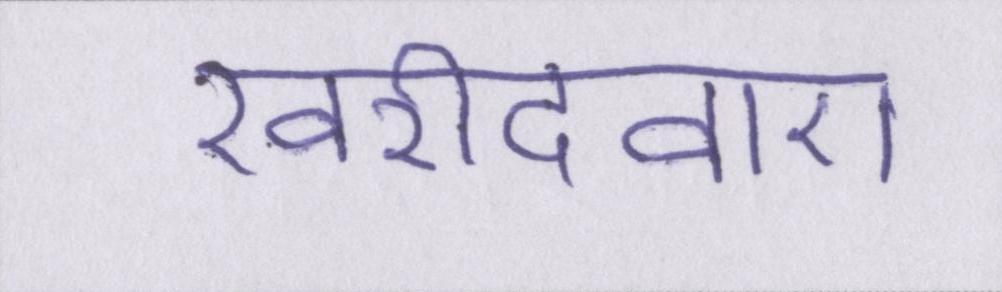
खरीदवाए